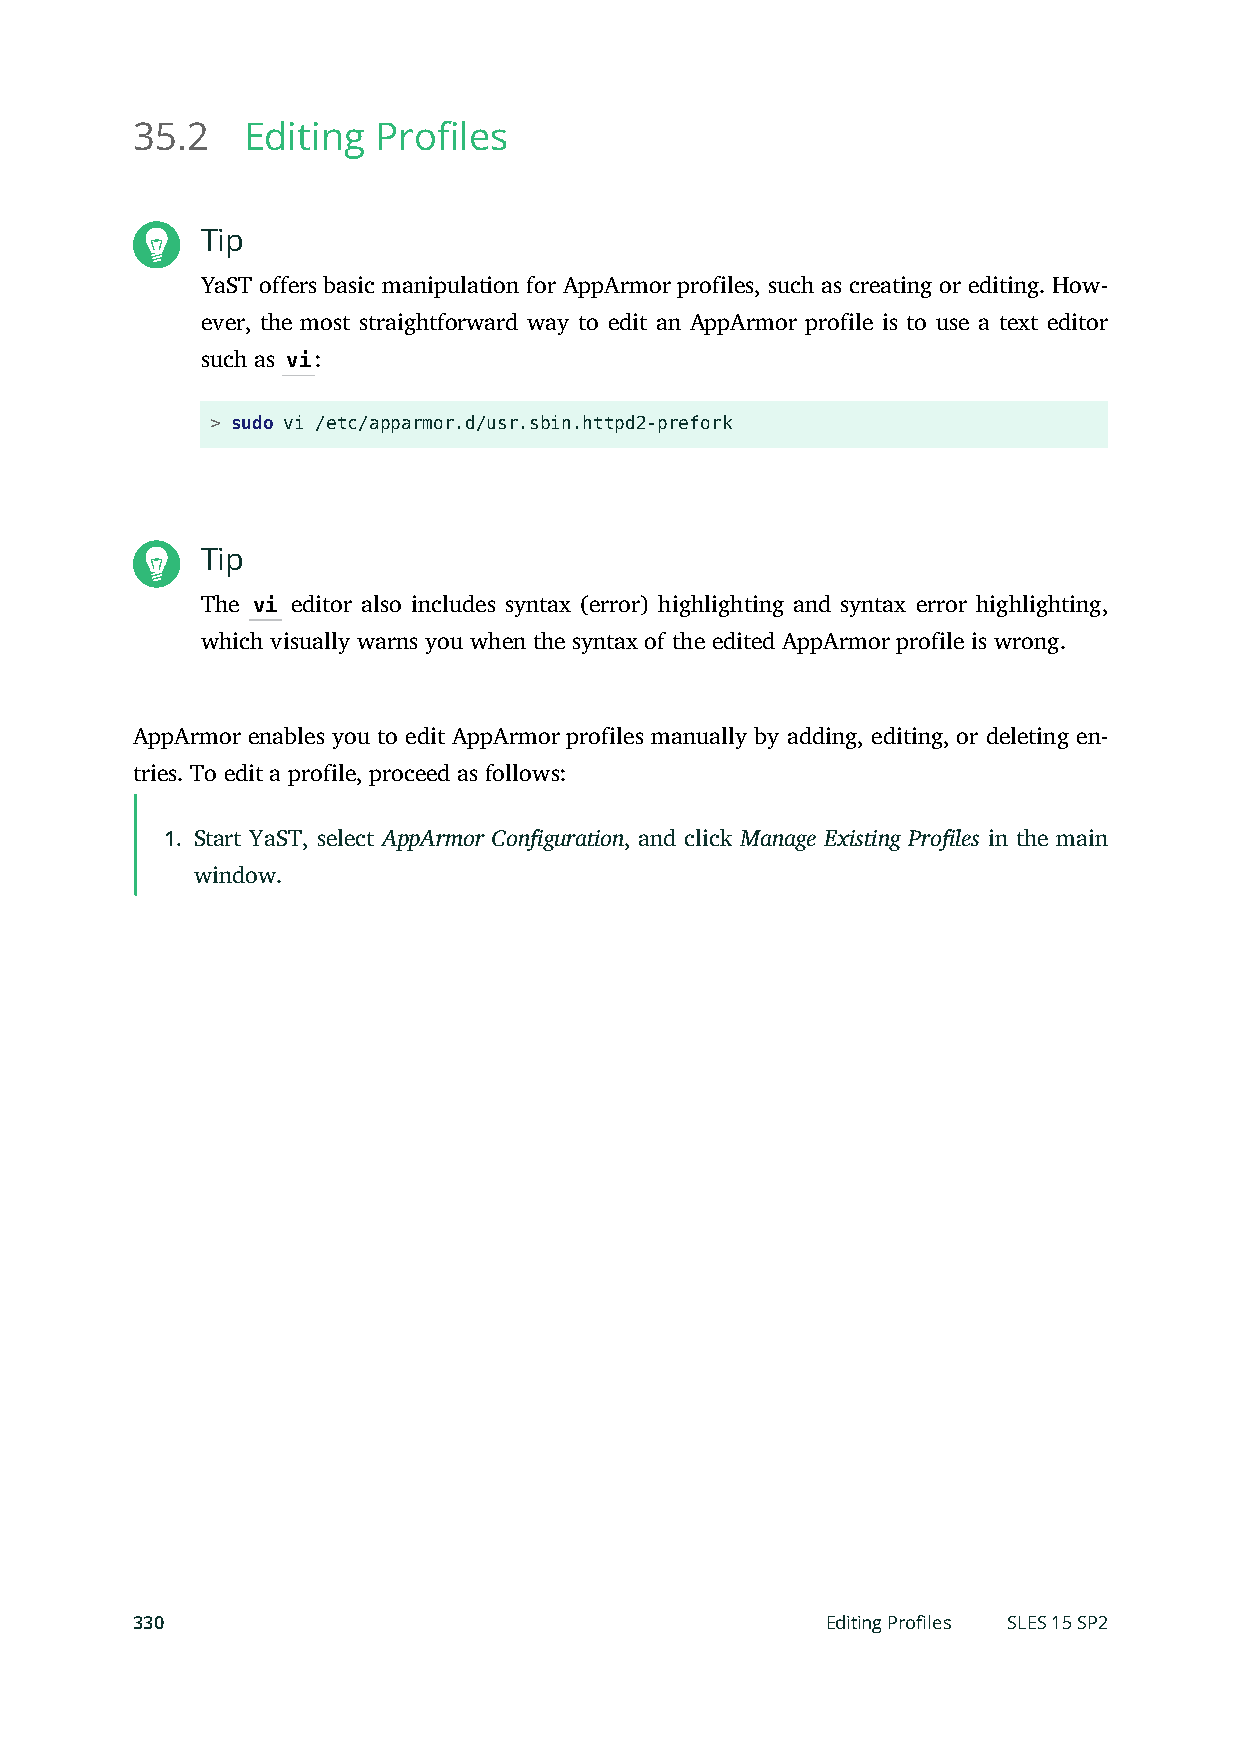
35.2   Editing  Profiles
 Tip
 YaST offers basic manipulation for AppArmor profiles, such as creating or editing. How-
 ever, the most straightforward way to edit an AppArmor profile is to use a text editor
 such as vi:
 > sudo vi /etc/apparmor.d/usr.sbin.httpd2-prefork
 Tip
 The vi editor also includes syntax (error) highlighting and syntax error highlighting,
 which visually warns you when the syntax of the edited AppArmor profile is wrong.
 AppArmor enables you to edit AppArmor profiles manually by adding, editing, or deleting en-
 tries. To edit a profile, proceed as follows:
 1. Start YaST, select AppArmor Configuration, and click Manage Existing Profiles in the main
 window.
 330                                           Editing Profiles SLES 15 SP2